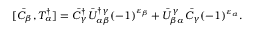
[ \bar { C } _ { \beta } , { \cal T } _ { \alpha } ^ { \dagger } ] = \bar { C } _ { \gamma } ^ { \dagger } \bar { U } _ { \alpha \beta } ^ { \dagger \gamma } ( - 1 ) ^ { \varepsilon _ { \beta } } + \bar { U } _ { \beta \alpha } ^ { \gamma } \bar { C } _ { \gamma } ( - 1 ) ^ { \varepsilon _ { \alpha } } .